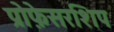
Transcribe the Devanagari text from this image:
प्रोफ़ेसरशिप